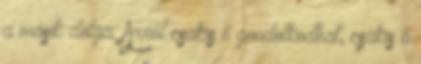
a másik dolga. Arról csakis ő gondolkodhat, csakis ő